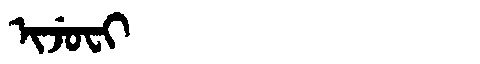
Manchu: ᡳᠵᡠᠸᡳ
Romanization: IJUFI